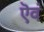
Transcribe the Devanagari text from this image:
ऎवं